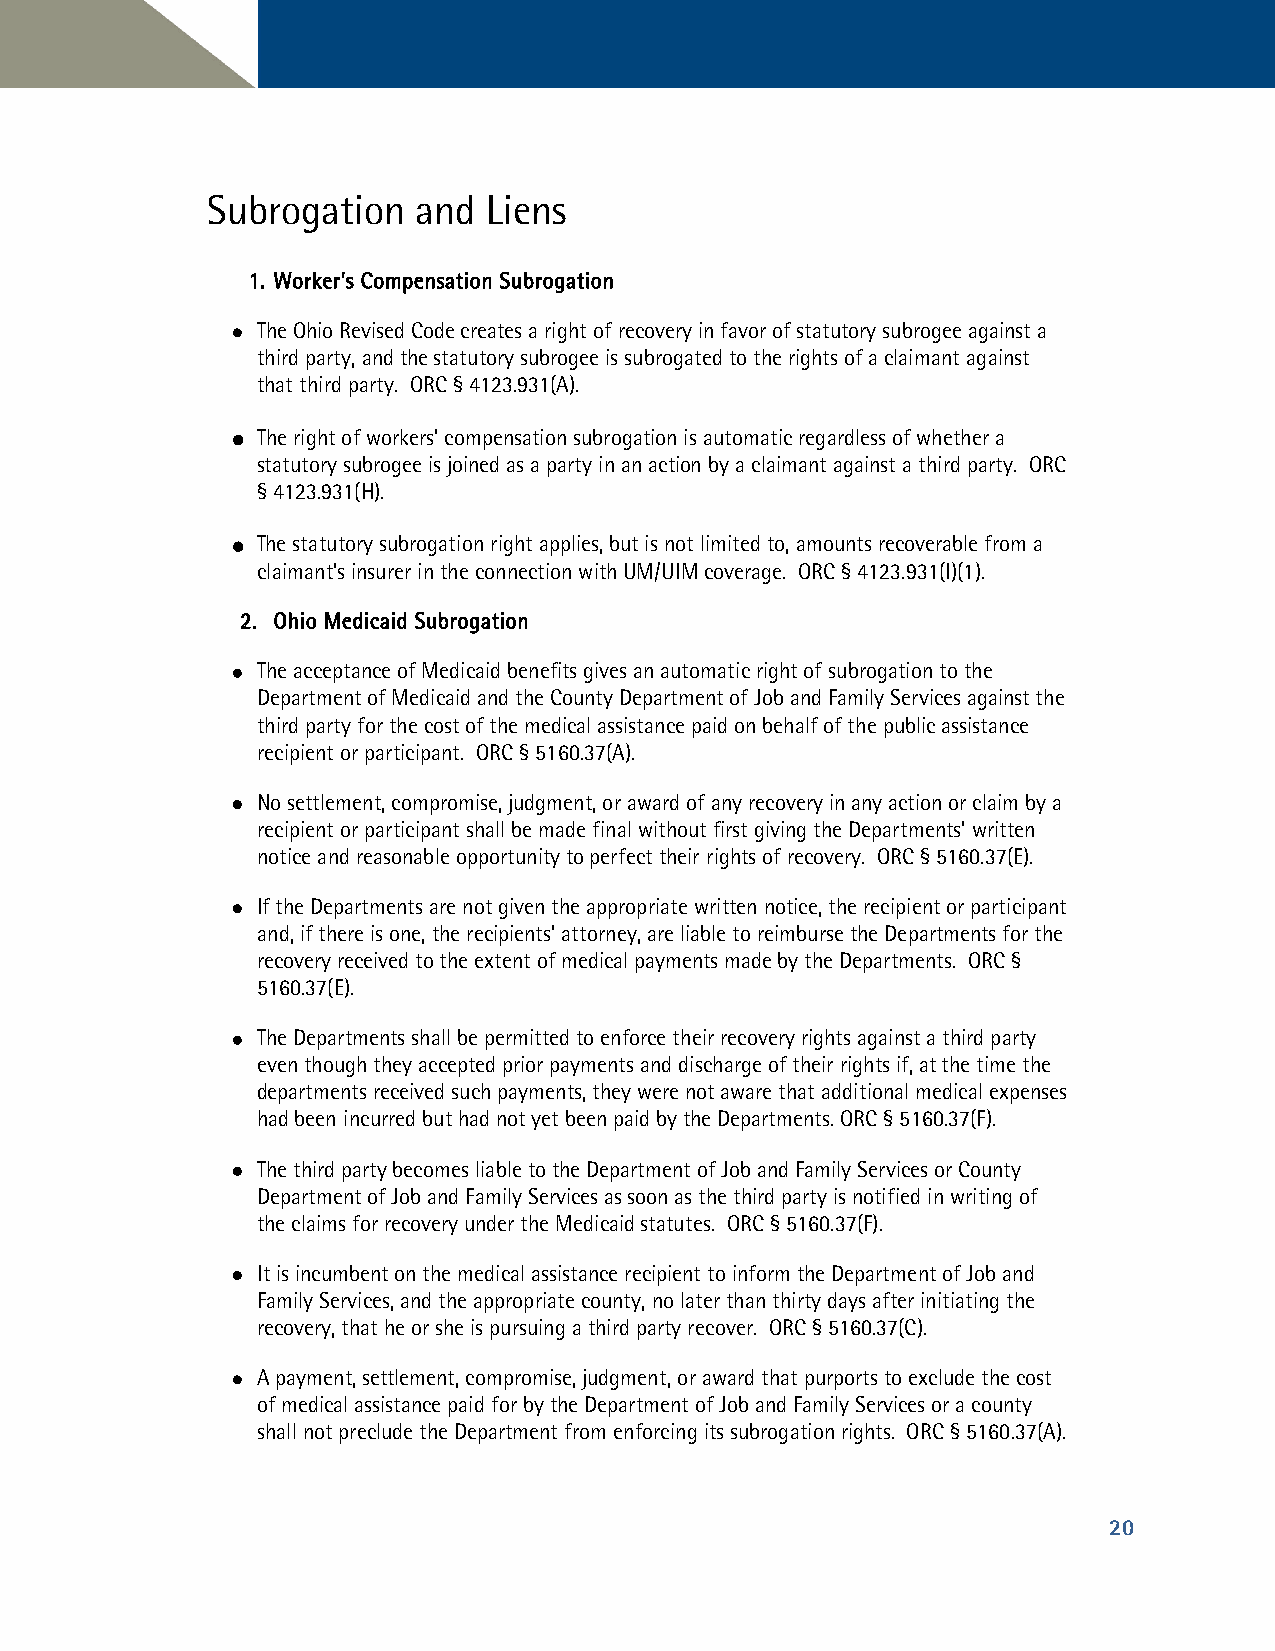
Subrogation   and Liens
 11.. WWoorrkkeerr’’ss CCoommppeennssaattiioonn SSuubbrrooggaattiioonn
  The Ohio Revised Code creates a right of recovery in favor of statutory subrogee against a
 third party, and the statutory subrogee is subrogated to the rights of a claimant against
 that third party. ORC § 4123.931(A).
  The right of workers’ compensation subrogation is automatic regardless of whether a
 statutory subrogee is joined as a party in an action by a claimant against a third party. ORC
 § 4123.931(H).
  The statutory subrogation right applies, but is not limited to, amounts recoverable from a
 claimant’s insurer in the connection with UM/UIM coverage. ORC § 4123.931(I)(1).
 22.. OOhhiioo MMeeddiiccaaiidd SSuubbrrooggaattiioonn
  The acceptance of Medicaid benefits gives an automatic right of subrogation to the
 Department of Medicaid and the County Department of Job and Family Services against the
 third party for the cost of the medical assistance paid on behalf of the public assistance
 recipient or participant. ORC § 5160.37(A).
  No settlement, compromise, judgment, or award of any recovery in any action or claim by a
 recipient or participant shall be made final without first giving the Departments’ written
 notice and reasonable opportunity to perfect their rights of recovery. ORC § 5160.37(E).
  If the Departments are not given the appropriate written notice, the recipient or participant
 and, if there is one, the recipients’ attorney, are liable to reimburse the Departments for the
 recovery received to the extent of medical payments made by the Departments. ORC §
 5160.37(E).
  The Departments shall be permitted to enforce their recovery rights against a third party
 even though they accepted prior payments and discharge of their rights if, at the time the
 departments received such payments, they were not aware that additional medical expenses
 had been incurred but had not yet been paid by the Departments. ORC § 5160.37(F).
  The third party becomes liable to the Department of Job and Family Services or County
 Department of Job and Family Services as soon as the third party is notified in writing of
 the claims for recovery under the Medicaid statutes. ORC § 5160.37(F).
  It is incumbent on the medical assistance recipient to inform the Department of Job and
 Family Services, and the appropriate county, no later than thirty days after initiating the
 recovery, that he or she is pursuing a third party recover. ORC § 5160.37(C).
  A payment, settlement, compromise, judgment, or award that purports to exclude the cost
 of medical assistance paid for by the Department of Job and Family Services or a county
 shall not preclude the Department from enforcing its subrogation rights. ORC § 5160.37(A).
 20